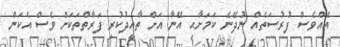
އެއްވެސް ފުރުސަތެއް ނުދޭނެ ކަމަށާއި އޭނާ އަށް ތާއީދުކުރި ފަރާތްތަކަށް ވެސް އެކަން